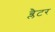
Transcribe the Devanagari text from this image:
ब्लैटर